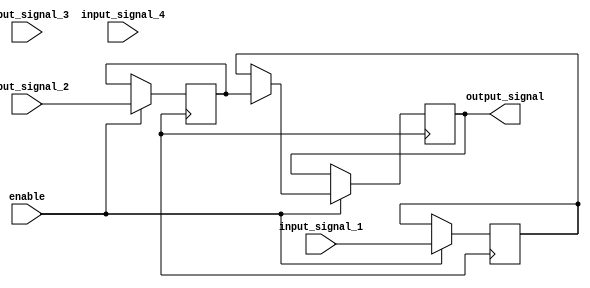
module Multiplexer_Delay(
    input wire [7:0] input_signal_1,
    input wire [7:0] input_signal_2,
    input wire [7:0] input_signal_3,
    input wire [7:0] input_signal_4,
    input wire enable,
    output reg [7:0] output_signal
);

reg [7:0] delayed_signal_1;
reg [7:0] delayed_signal_2;
reg [7:0] delayed_signal_3;
reg [7:0] delayed_signal_4;

always @(posedge clk) begin
    if(enable) begin
        delayed_signal_1 <= input_signal_1;
        delayed_signal_2 <= input_signal_2;
        delayed_signal_3 <= input_signal_3;
        delayed_signal_4 <= input_signal_4;
    end
end

always @(posedge clk) begin
    if(enable) begin
        if(select == 2'b00)
            output_signal <= delayed_signal_1;
        else if(select == 2'b01)
            output_signal <= delayed_signal_2;
        else if(select == 2'b10)
            output_signal <= delayed_signal_3;
        else if(select == 2'b11)
            output_signal <= delayed_signal_4;
    end
end

endmodule